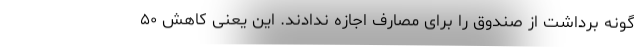
گونه برداشت از صندوق را برای مصارف اجازه ندادند. این یعنی کاهش ۵۰